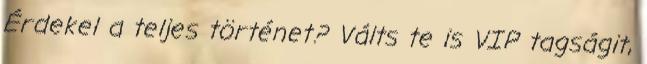
Érdekel a teljes történet? Válts te is VIP tagságit,